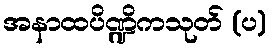
အနာထပိဏ္ဍိကသုတ် (ပ)